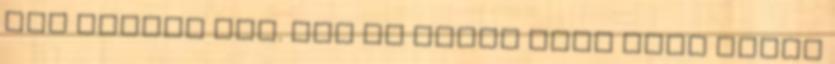
sem állnak meg. Nem is értem hova megy ennyi